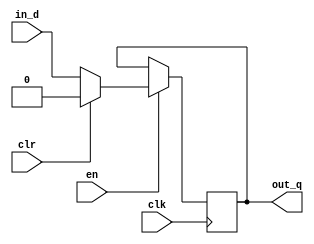
module D_synctrigger(clk,in_d,en,clr,out_q);
	input clk;
	input in_d;
	input en;
	input clr;
	output reg out_q;
	
	always @(posedge clk )
	begin
		if(en)
		begin
			if(clr)
				out_q<=0;
			else
				out_q<=in_d;
		end
		else
			out_q<=out_q;
	end
endmodule